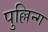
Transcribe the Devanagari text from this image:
पुल्लिन्ग